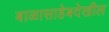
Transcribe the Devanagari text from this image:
बाळासाहेबदेखील